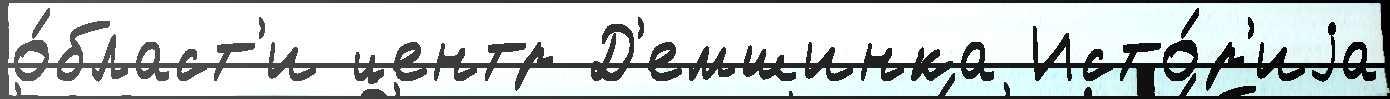
о́бласт'и центр Д'емшинка Исто́р'иjа